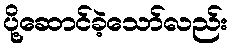
ပို့ဆောင်ခဲ့သော်လည်း